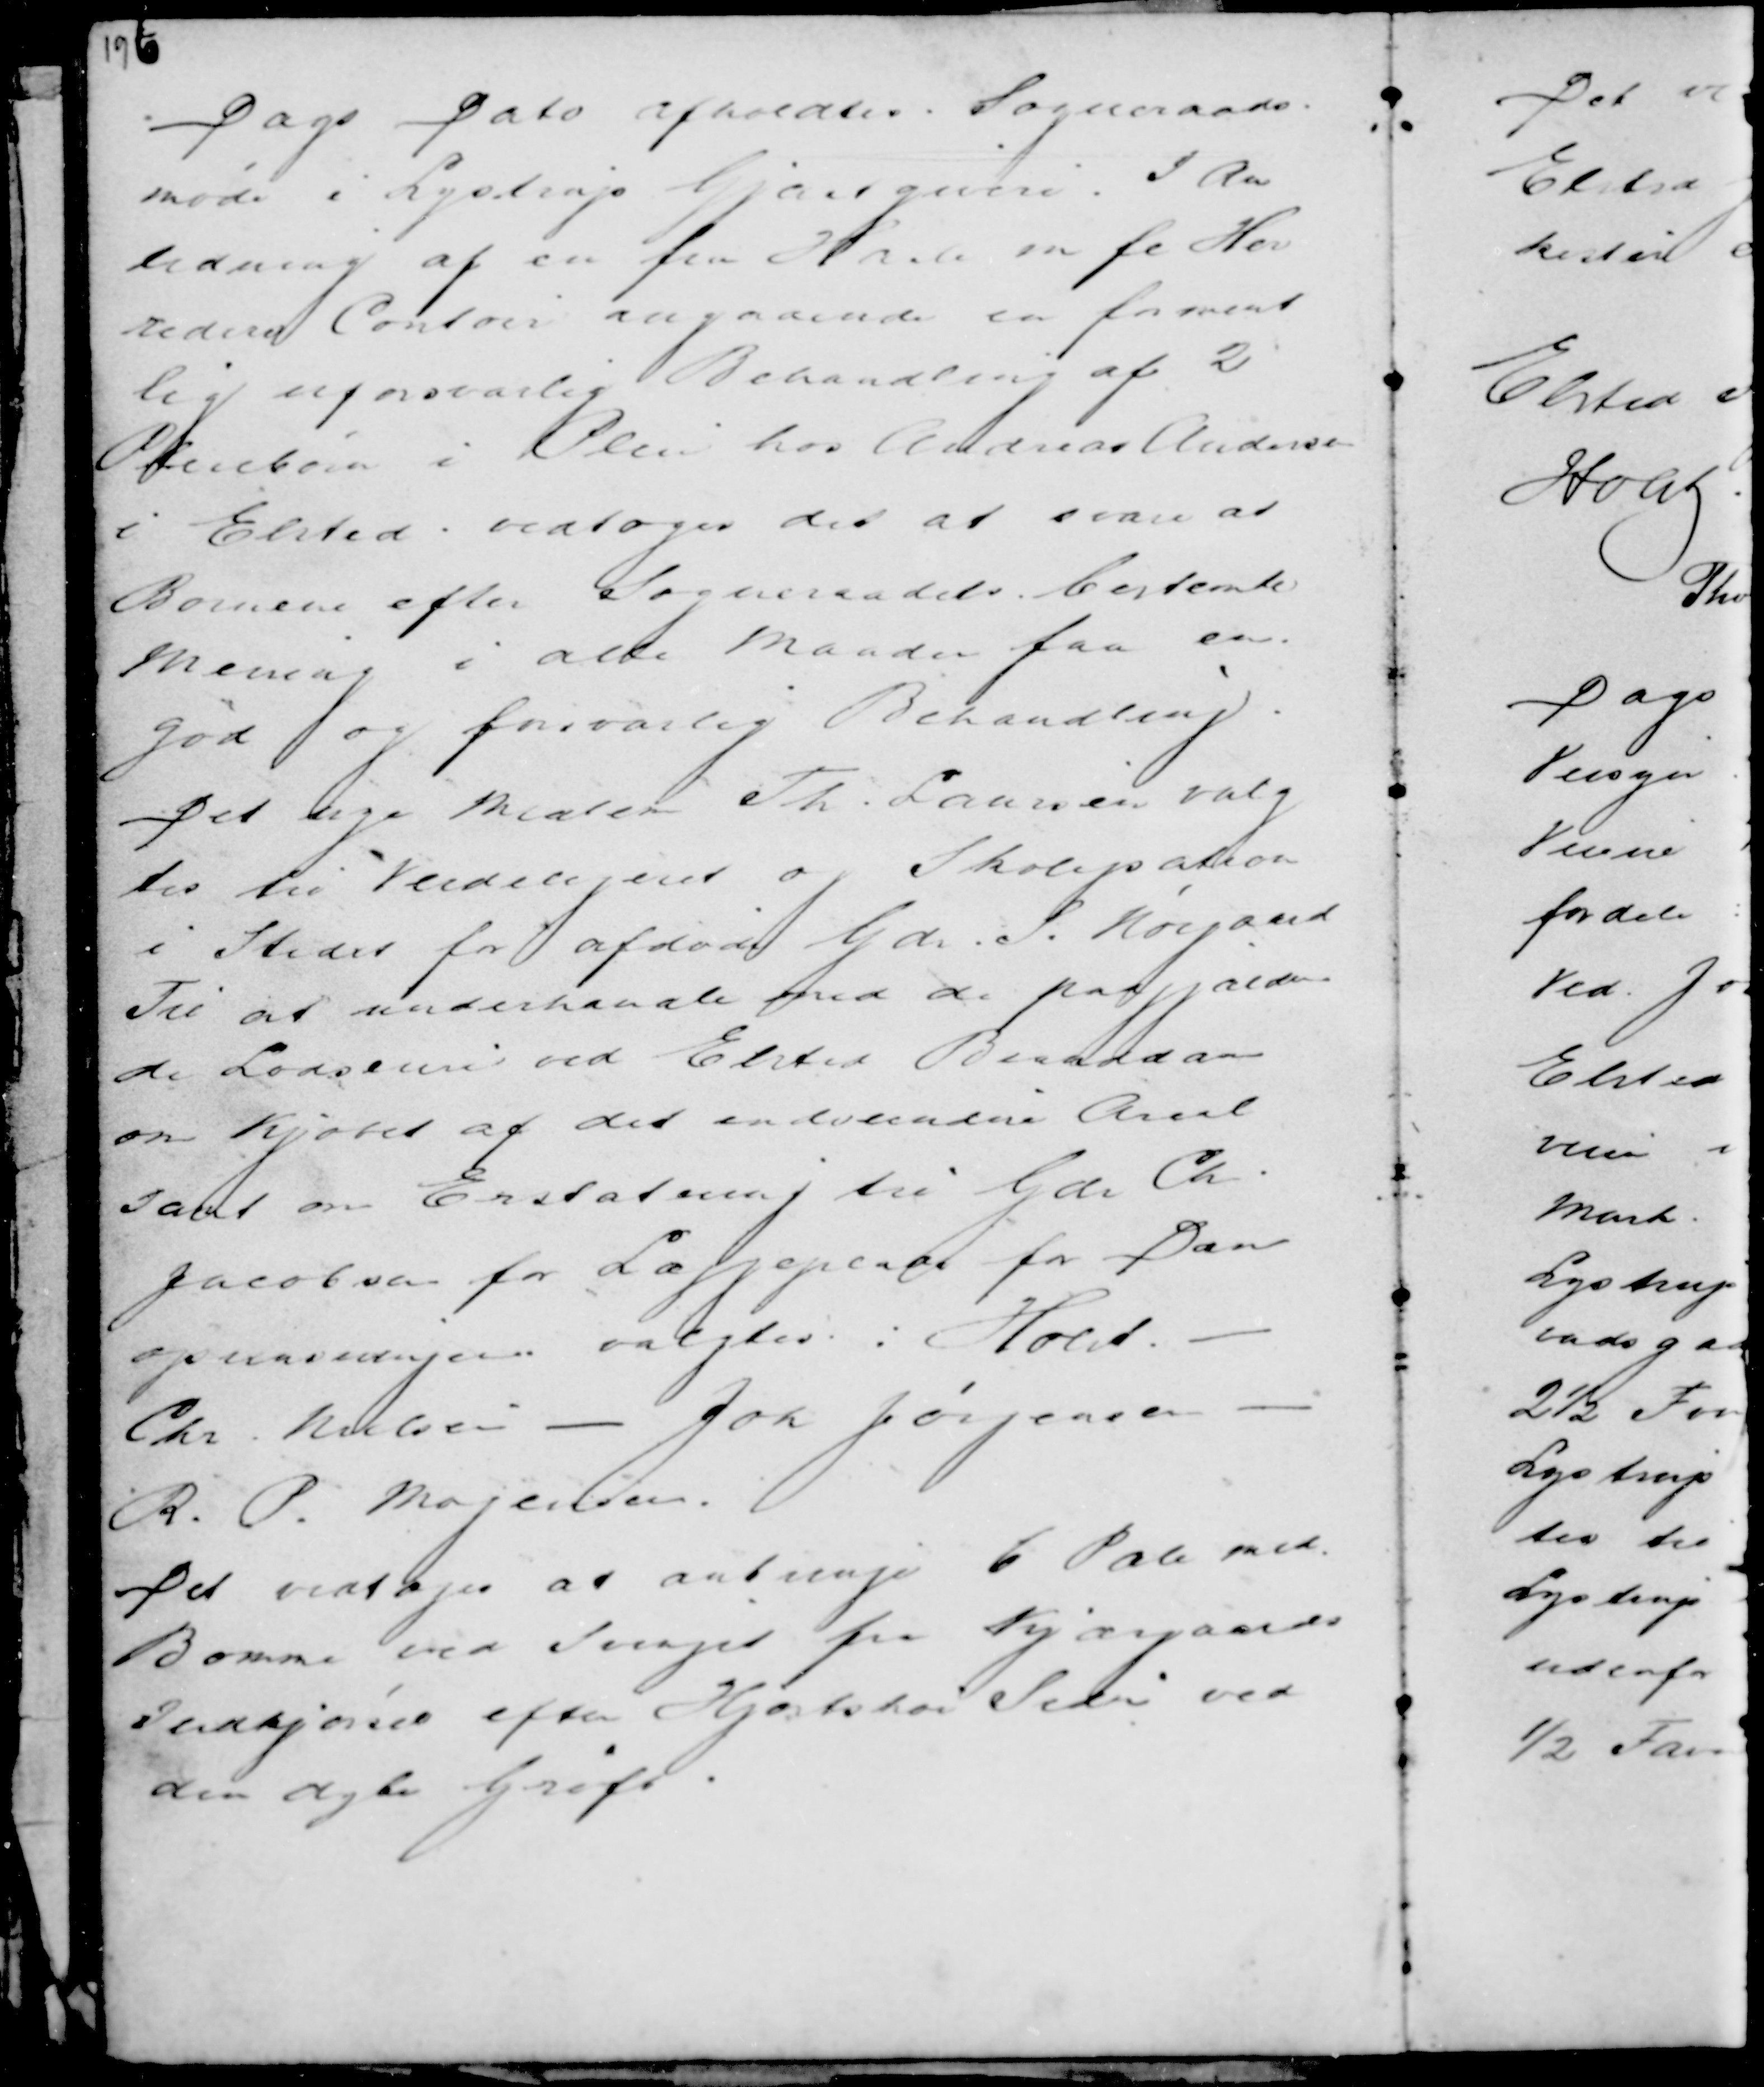
Transskription:
Dags Dato afholdtes Sogneraads-
møde i Lystrup Gjæstgiveri, I An
ledning af en fra Hasle m fl Her
reders Contoir angaaende en forment
lig uforsvarlig Behandling af 2
Pleiebørn i Pleie hos Andreas Andersen
i Elsted vedtages det at svare at
Børnene efter Sogneraadets bestemte
Mening i alle Maader faa en
god og forsvarlig Behandling.
Det nye Medlem Th. Laursen valgtes
til Veidelegeret og Skolepatron
i Stedet for afdøde Gdr S. Nørgaard
Til at underhandle med de paagjælden-
de Lodseiere ved Elsted Branddam
om Kjøbet af det indvundne Areal
samt om Erstatning til Gdr Ch.
Jacobsen for La....pende for Dan
oprensningen valgtes : Holst -
Chr. Nielsen - Joh Jørgensen -
R. P. Mogensen.
Det vedtoges at anbringe 6 Pæle med
Bomme ved Svinget fra Kjærgaards
Indkjørsel efter Hjortshøi Siden ved
den dybe Grøft.